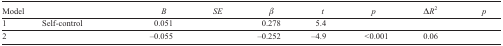
<table><thead><tr><td><b>Model</b></td><td>[EMPTY_CELL]</td><td><b><i>B</i></b></td><td><b><i>SE</i></b></td><td><b>β</b></td><td><b><i>t</i></b></td><td><b>p</b></td><td><b>Δ<i>R</i><sup>2</sup></b></td><td><b><i>p</i></b></td></tr></thead><tbody><tr><td>1</td><td>Self-control</td><td>0.051</td><td>[EMPTY_CELL]</td><td>0.278</td><td>5.4</td><td>[EMPTY_CELL]</td><td>[EMPTY_CELL]</td><td>[EMPTY_CELL]</td></tr><tr><td>2</td><td>[EMPTY_CELL]</td><td>–0.055</td><td>[EMPTY_CELL]</td><td>–0.252</td><td>–4.9</td><td>&lt;0.001</td><td>0.06</td><td>[EMPTY_CELL]</td></tr></tbody></table>